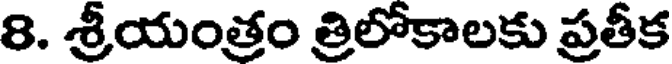
8. శ్రీయంత్రం త్రిలోకాలకు ప్రతీక